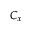
C _ { x }